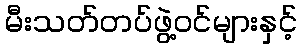
မီးသတ်တပ်ဖွဲ့ဝင်များနှင့်